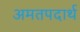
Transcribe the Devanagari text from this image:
अमतपदार्थ